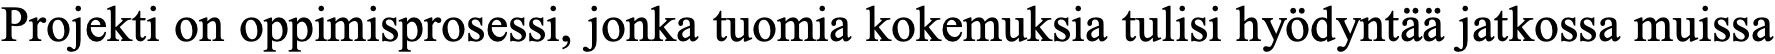
Projekti on oppimisprosessi, jonka tuomia kokemuksia tulisi hyödyntää jatkossa muissa